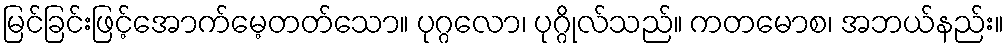
မြင်ခြင်းဖြင့်အောက်မေ့တတ်သော။ ပုဂ္ဂလော၊ ပုဂ္ဂိုလ်သည်။ ကတမောစ၊ အဘယ်နည်း။